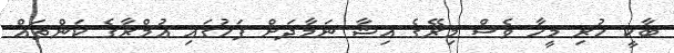
ބާކީ ހުރި މީހާ ވެސް މިރޭގެ އިޝާ ނަމާދަށް ފަހުގައި އުމްރާގެ ކަންތައް